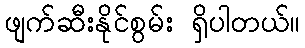
ဖျက်ဆီးနိုင်စွမ်း ရှိပါတယ်။